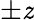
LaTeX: \pm\mathit{z}